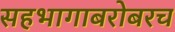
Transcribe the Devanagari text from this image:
सहभागाबरोबरच